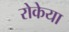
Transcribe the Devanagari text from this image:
रोकेया